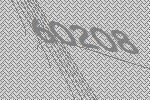
60208